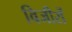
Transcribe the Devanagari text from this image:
विजीरों